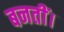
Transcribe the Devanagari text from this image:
बनतीं।